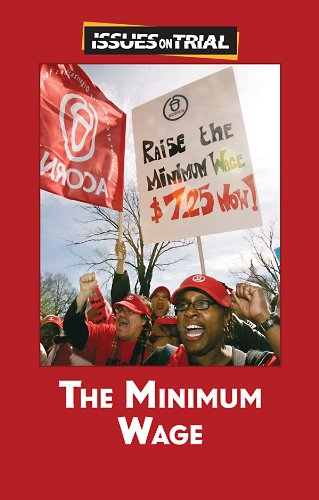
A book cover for The Minimum Wage (Issues on Trial); Uma Kukathas; Teen & Young Adult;